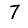
Digit: 7